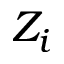
Z _ { i }